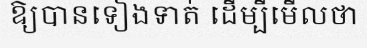
ឱ្យបានទៀងទាត់ ដើម្បីមើលថា